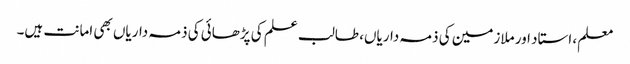
معلم، استاد اور ملازمین کی ذمہ داریاں، طالب علم کی پڑھائی کی ذمہ داریاں بھی امانت ہیں۔